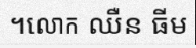
។លោក ឈឺន ធីម